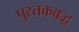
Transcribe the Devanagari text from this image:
पुस्तकबद्ध